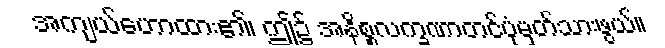
အကျယ်ဟောထား၏၊ ဤ၌ အနိစ္စလက္ခဏာတင်ပုံမှတ်သားဖွယ်။